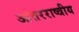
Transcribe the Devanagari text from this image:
आंतरराष्त्रीय